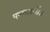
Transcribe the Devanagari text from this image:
पुष्करस्रजौ॥